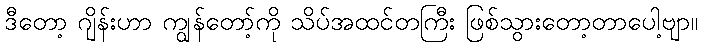
ဒီတော့ ဂျိန်းဟာ ကျွန်တော့်ကို သိပ်အထင်တကြီး ဖြစ်သွားတော့တာပေါ့ဗျာ။